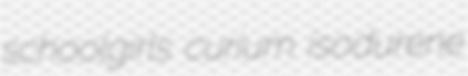
schoolgirls curium isodurene